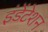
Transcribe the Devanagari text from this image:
इंडेंटेशन